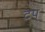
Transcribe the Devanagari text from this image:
टप्